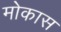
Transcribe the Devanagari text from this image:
मोकास